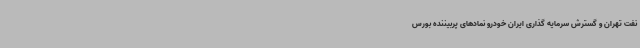
نفت تهران و گسترش سرمایه‌ گذاری ایران خودرو نمادهای پربیننده بورس